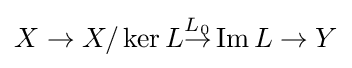
X\to X/\operatorname {ker} L{\overset {L_{0}}{\rightarrow }}\operatorname {Im} L\to Y